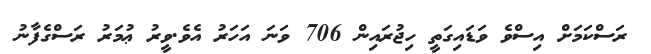
ރަސްކަމަށް އިސްވެ ވަޑައިގަތީ ހިޖުރައިން 706 ވަނަ އަހަރު އެވެ.ވީރު ޢުމަރު ރަސްގެފާނު